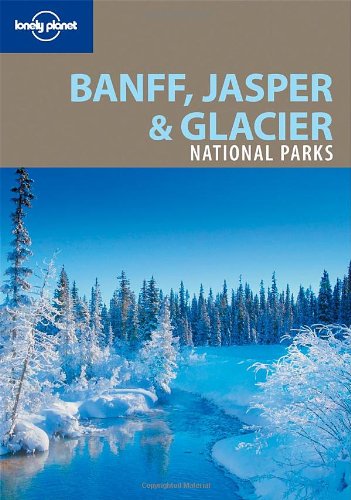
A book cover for Lonely Planet Banff, Jasper and Glacier National Parks (National Parks Travel Guide); Oliver Berry; Travel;